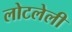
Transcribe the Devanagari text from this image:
लोटलेली